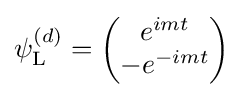
\psi _{\rm {L}}^{(d)}={\begin{pmatrix}e^{imt}\\-e^{-imt}\end{pmatrix}}